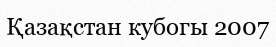
Қазақстан кубогы 2007